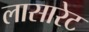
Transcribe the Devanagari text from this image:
लासारेट